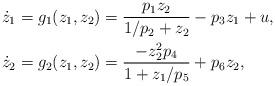
LaTeX: \begin{align*} \begin{aligned} \dot z_1 &= g_1(z_1, z_2) = \frac{p_1 z_2}{1/p_2 + z_2} - p_3 z_1 + u, \\ \dot z_2 &= g_2(z_1, z_2) = \frac{- z_2^2 p_4}{1 + z_1/p_5} + p_{6} z_2, \end{aligned} \end{align*}